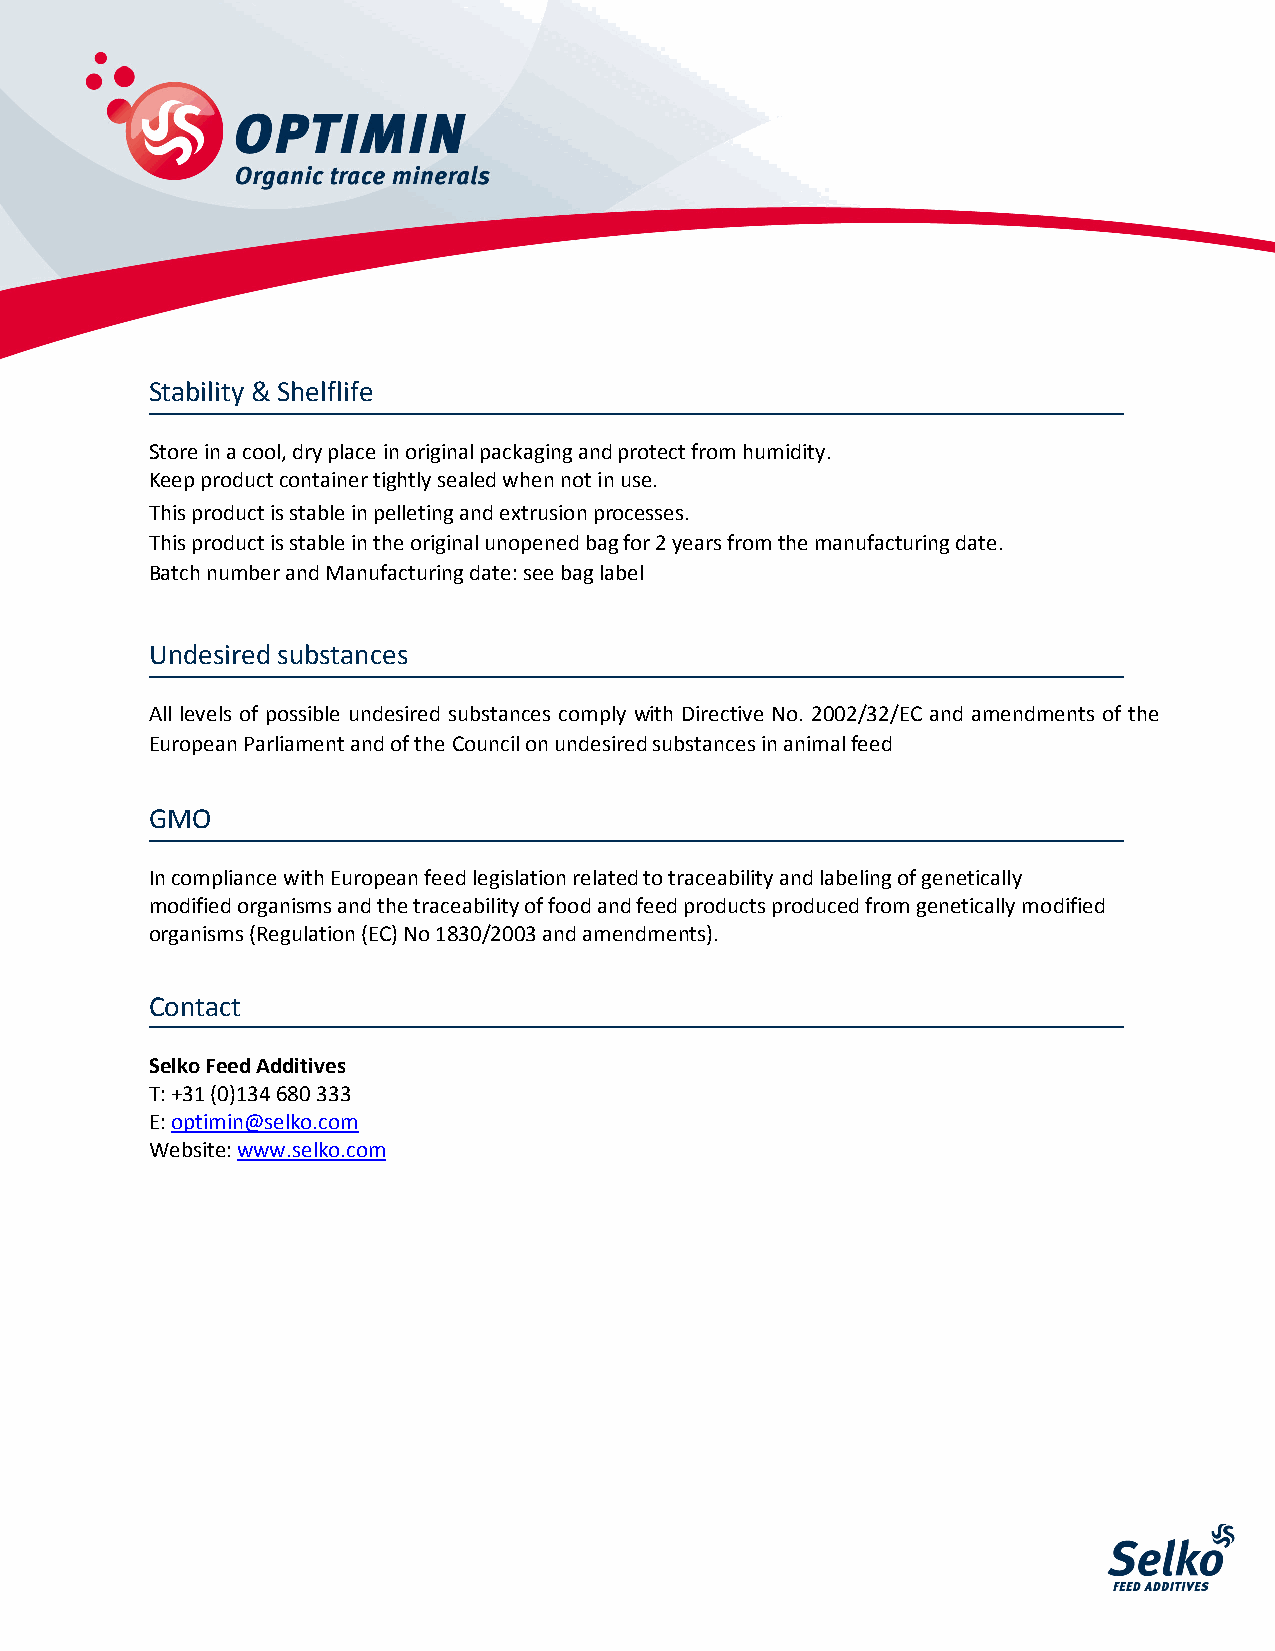
Stability & Shelflife
 Store in a cool, dry place in original packaging and protect from humidity.
 Keep product container tightly sealed when not in use.
 This product is stable in pelleting and extrusion processes.
 This product is stable in the original unopened bag for 2 years from the manufacturing date.
 Batch number and Manufacturing date: see bag label
 Undesired substances
 All levels of possible undesired substances comply with Directive No. 2002/32/EC and amendments of the
 European Parliament and of the Council on undesired substances in animal feed
 GMO
 In compliance with European feed legislation related to traceability and labeling of genetically
 modified organisms and the traceability of food and feed products produced from genetically modified
 organisms (Regulation (EC) No 1830/2003 and amendments).
 Contact
 Selko Feed Additives
 T: +31 (0)134 680 333
 E: optimin@selko.com
 Website: www.selko.com